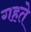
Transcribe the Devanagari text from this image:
गहते